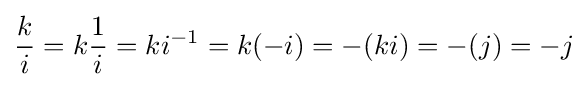
{\frac {k}{i}}=k{\frac {1}{i}}=ki^{-1}=k(-i)=-(ki)=-(j)=-j